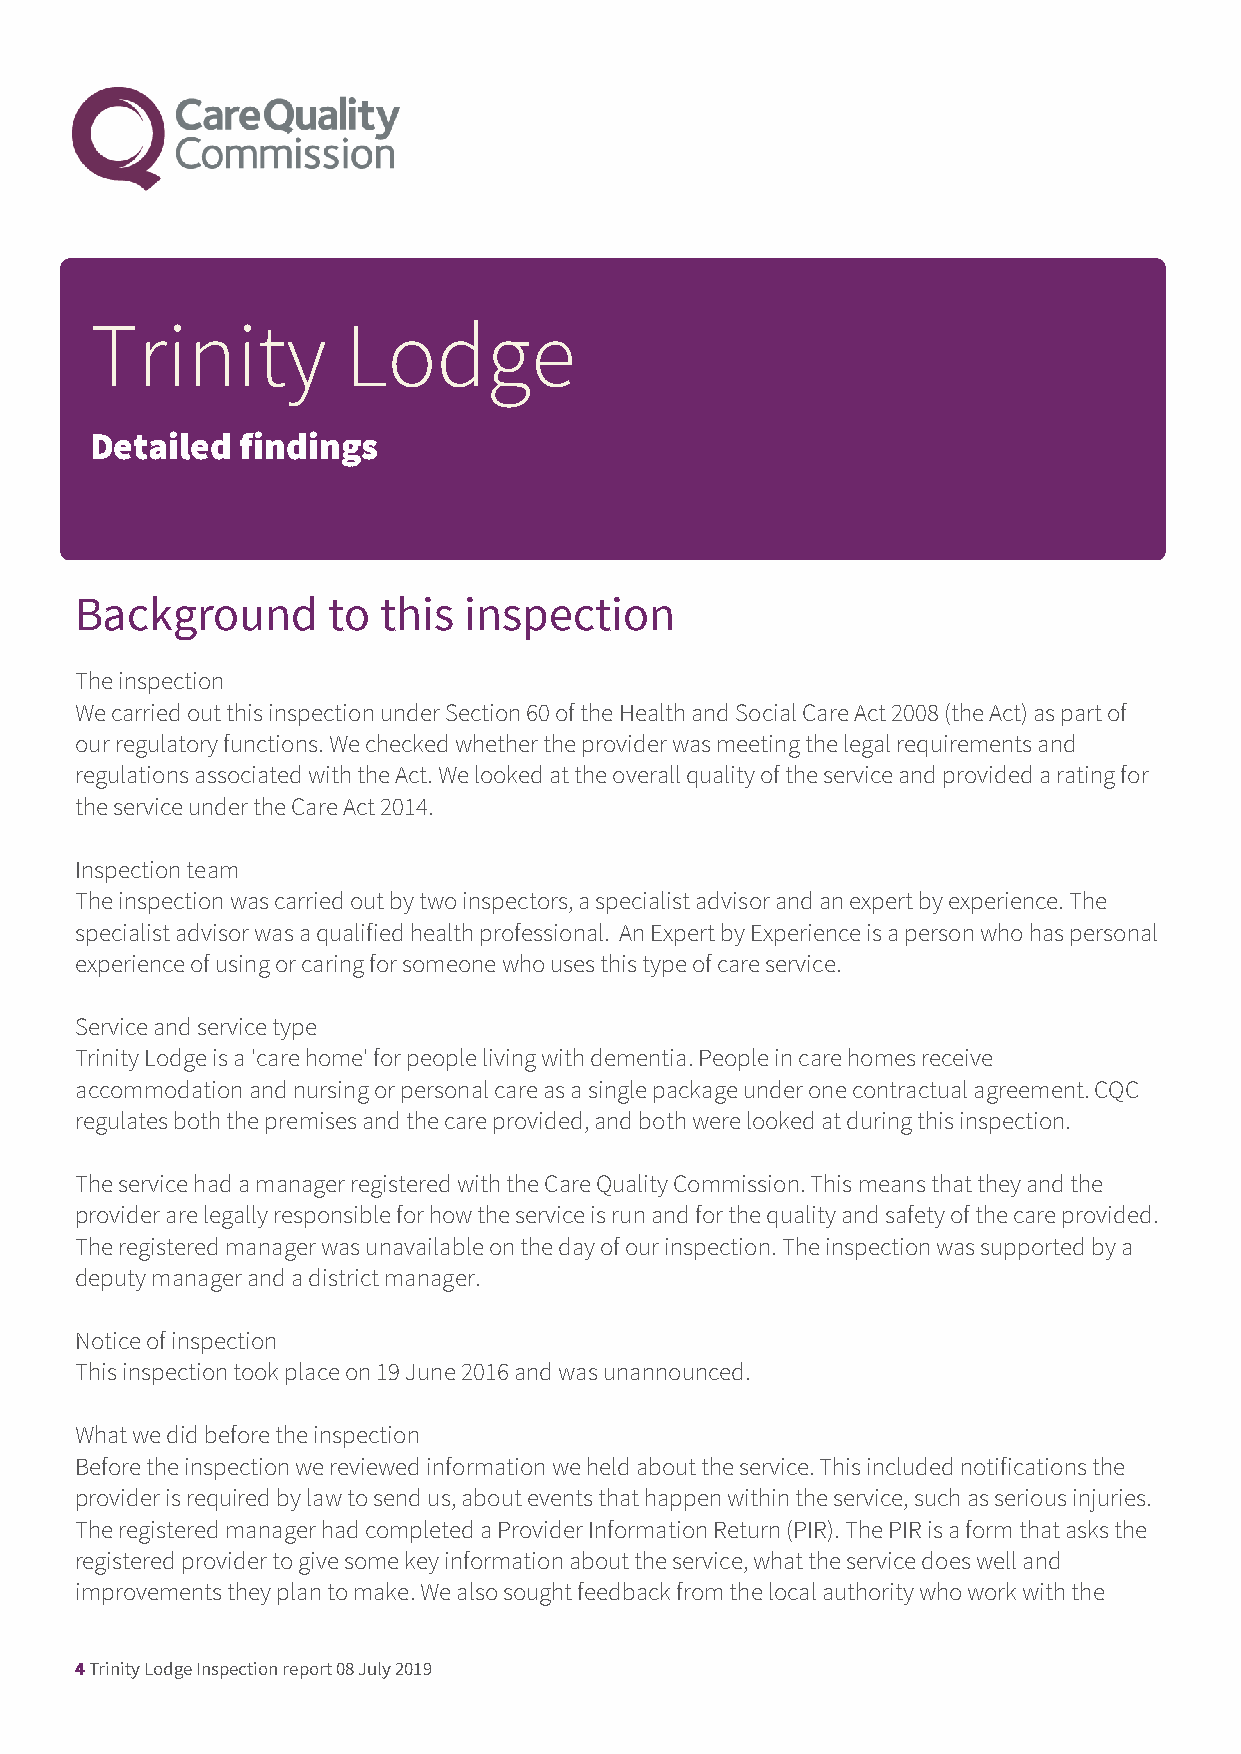
Trinity          Lodge
 Detailed  findings
 Background       to this  inspection
 The inspection
 We carried out this inspection under Section 60 of the Health and Social Care Act 2008 (the Act) as part of
 our regulatory functions. We checked whether the provider was meeting the legal requirements and
 regulations associated with the Act. We looked at the overall quality of the service and provided a rating for
 the service under the Care Act 2014.
 Inspection team
 The inspection was carried out by two inspectors, a specialist advisor and an expert by experience. The
 specialist advisor was a qualified health professional. An Expert by Experience is a person who has personal
 experience of using or caring for someone who uses this type of care service.
 Service and service type
 Trinity Lodge is a 'care home' for people living with dementia. People in care homes receive
 accommodation and nursing or personal care as a single package under one contractual agreement. CQC
 regulates both the premises and the care provided, and both were looked at during this inspection.
 The service had a manager registered with the Care Quality Commission. This means that they and the
 provider are legally responsible for how the service is run and for the quality and safety of the care provided.
 The registered manager was unavailable on the day of our inspection. The inspection was supported by a
 deputy manager and a district manager.
 Notice of inspection
 This inspection took place on 19 June 2016 and was unannounced.
 What we did before the inspection
 Before the inspection we reviewed information we held about the service. This included notifications the
 provider is required by law to send us, about events that happen within the service, such as serious injuries.
 The registered manager had completed a Provider Information Return (PIR). The PIR is a form that asks the
 registered provider to give some key information about the service, what the service does well and
 improvements they plan to make. We also sought feedback from the local authority who work with the
 4 Trinity Lodge Inspection report 08 July 2019